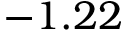
- 1 . 2 2